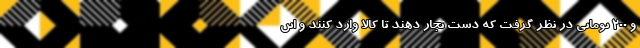
و ۲۰۰ تومانی در نظر گرفت که دست تجار دهند تا کالا وارد کنند و این